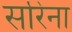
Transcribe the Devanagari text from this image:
सरिना